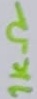
Text: 1KΩ